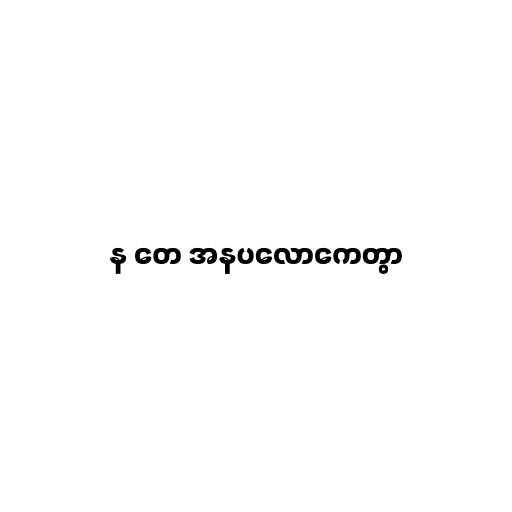
န တေ အနပလောကေတွာ